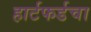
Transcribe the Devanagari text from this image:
हार्टफर्डचा